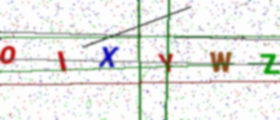
Text: OIXYWZ